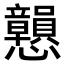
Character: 𢥿